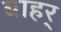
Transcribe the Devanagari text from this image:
बाहर्